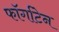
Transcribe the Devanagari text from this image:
फॉर्गाटेन